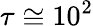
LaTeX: \tau\cong 10^{2}